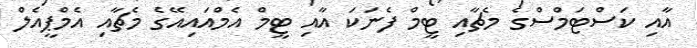
އާއި ކަސްޓަމްސްގެ މެޗާއި ޓީމް ފެނަކަ އާއި ޓީމް އެމްއައިއޭގެ މެޗާއި އެމްޕީއެލް